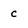
Character: c